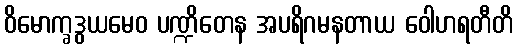
ဝိမောက္ခဒွယမေဝ ပဏ္ဍိတေန အပရိဂမနတာယ ဝေါဟရတီတိ